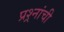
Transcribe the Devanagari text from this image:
प्रश्र्नांची